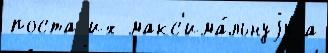
поста их макс'има́льнуjу а